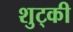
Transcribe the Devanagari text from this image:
शुट्की